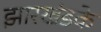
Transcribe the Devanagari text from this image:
झारखंडके